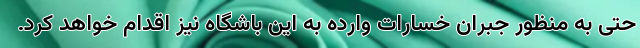
حتی به منظور جبران خسارات وارده به این باشگاه نیز اقدام خواهد کرد.